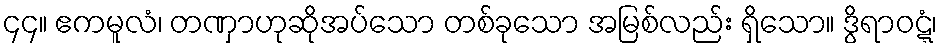
၄၄။ ဧကမူလံ၊ တဏှာဟုဆိုအပ်သော တစ်ခုသော အမြစ်လည်း ရှိသော။ ဒွိရာဝဋ္ဋံ၊